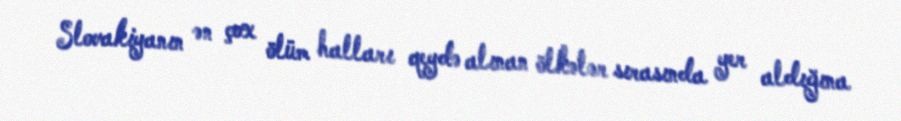
Slovakiyanın ən çox ölüm halları qeydə alınan ölkələr sırasında yer aldığına